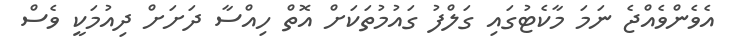
އެވެންވެއްޖެ ނަމަ މާކެޓުގައި ގަލްފު ގައުމުތަކަށް އޮތް ހިއްސާ ދަށަށް ދިއުމަކީ ވެސް